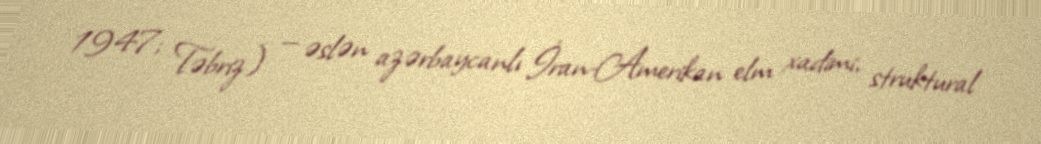
1947; Təbriz) — əslən azərbaycanlı İran-Amerikan elm xadimi, struktural